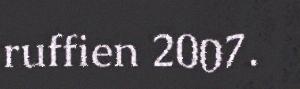
ruffien 2007.